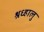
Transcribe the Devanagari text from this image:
श्रध्हालु